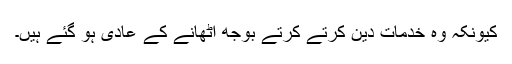
کیونکہ وہ خدمات دین کرتے کرتے بوجھ اٹھانے کے عادی ہو گئے ہیں۔